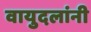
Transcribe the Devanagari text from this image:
वायुदलांनी